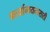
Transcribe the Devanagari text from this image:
कार्यान्वयनासाठी